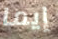
إيما